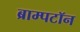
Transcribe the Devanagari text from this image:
ब्राम्पटॉन